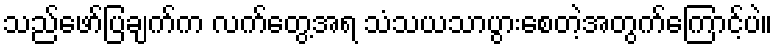
သည်ဖော်ပြချက်က လက်တွေ့အရ သံသယသာပွားစေတဲ့အတွက်ကြောင့်ပဲ။